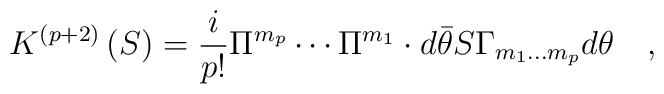
K^{\left( p+2\right) }\left( S\right) =\frac i{p!}\Pi^{m_p}\cdots \Pi ^{m_1}\cdot d\bar \theta S\Gamma _{m_1\ldots m_p}d\theta\quad ,